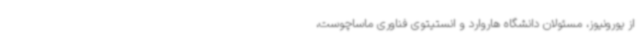
از یورونیوز، مسئولان دانشگاه هاروارد و انستیتوی فناوری ماساچوست،